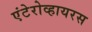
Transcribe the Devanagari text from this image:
एंटेरोव्हायरस